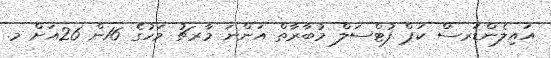
އައިލެންޑަރސް ކަޕް ފުޓްސަލް މުބާރާތް އަންނަ މާރޗު މަހުގެ 16ން 26އަށް މ.